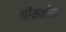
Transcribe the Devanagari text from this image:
चौकशीला